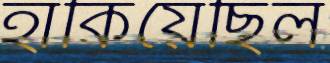
হাঁকিয়েছিল